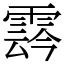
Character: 𩃬